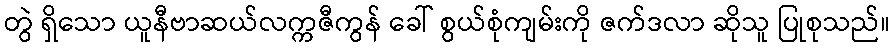
တွဲ ရှိသော ယူနီဗာဆယ်လက္ကဇီကွန် ခေါ် စွယ်စုံကျမ်းကို ဇက်ဒလာ ဆိုသူ ပြုစုသည်။